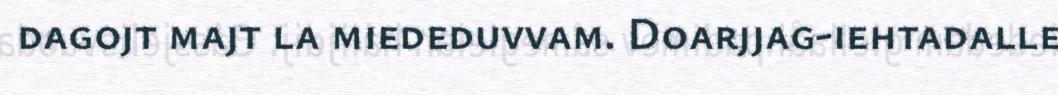
dagojt majt la miededuvvam. Doarjjag-iehtadalle